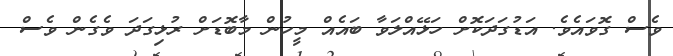
ވެސް ގޮވައެވެ. އަޑުގަދަކޮށް ހަޅޭއްލަވާ ބައެއް މީހުން މާބޮޑަށް ރުޅިގަދަ ވެގެން ވެސް